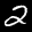
Label: 2